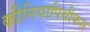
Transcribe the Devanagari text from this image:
कीनियापिथीकस